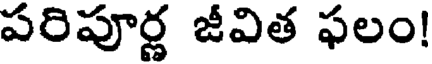
పరిపూర్ణ జీవిత ఫలం!